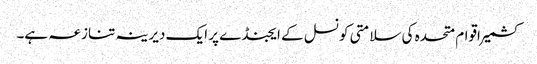
کشمیر اقوام متحدہ کی سلامتی کونسل کے ایجنڈے پر ایک دیرینہ تنازعہ ہے۔